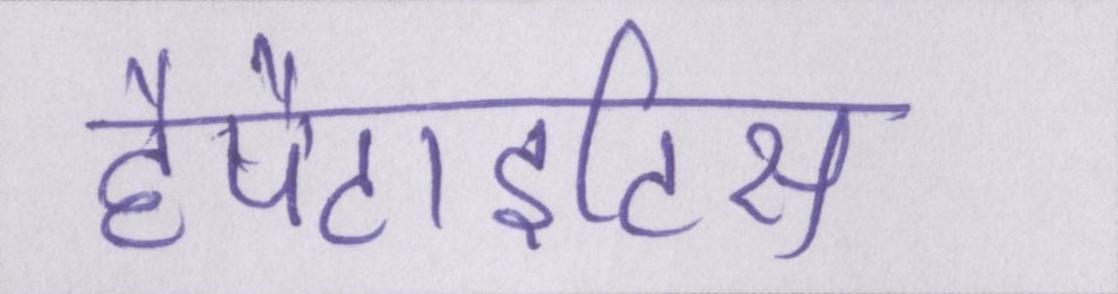
हैपैटाइटिस